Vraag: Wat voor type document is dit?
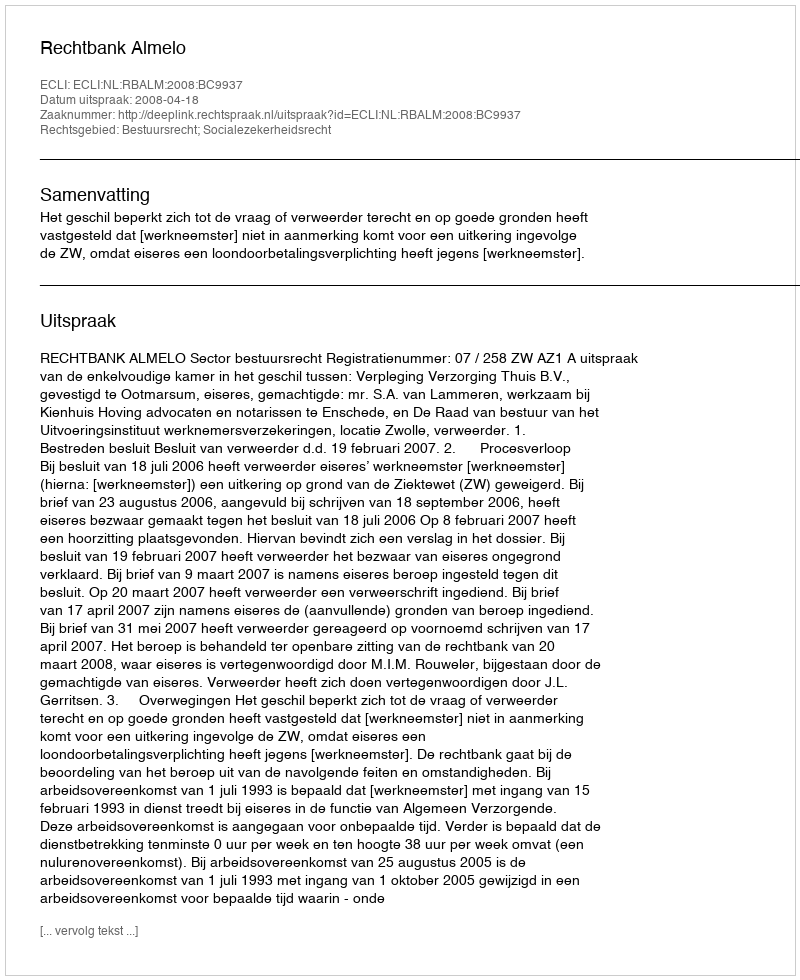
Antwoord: Uitspraak